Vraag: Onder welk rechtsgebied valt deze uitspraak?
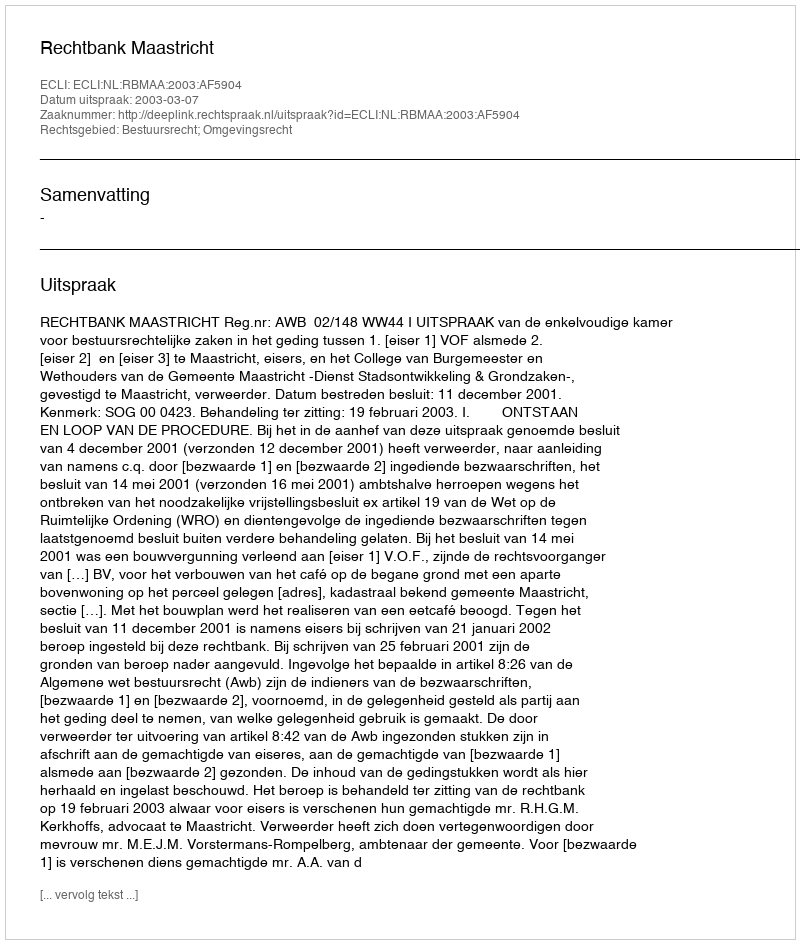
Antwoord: Bestuursrecht; Omgevingsrecht